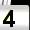
Digit: 4